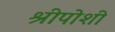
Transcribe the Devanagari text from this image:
श्रीपोशी